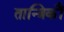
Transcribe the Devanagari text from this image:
तान्त्रिकौं